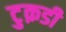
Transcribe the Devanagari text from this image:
टुक़डी